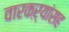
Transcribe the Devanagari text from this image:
वारकऱ्यांसह